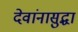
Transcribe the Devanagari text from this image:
देवांनासुद्धा